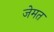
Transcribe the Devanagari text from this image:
जेमत